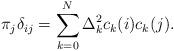
LaTeX: \begin{align*}\pi _{j}\delta _{ij}=\sum_{k=0}^{N}\Delta _{k}^{2}c_{k}(i)c_{k}(j).\end{align*}